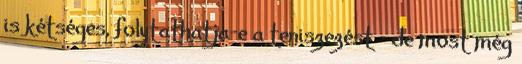
is kétséges, folytathatja-e a teniszezést - de most még